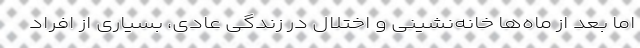
اما بعد از ماه‌ها خانه‌نشینی و اختلال در زندگی عادی، بسیاری از افراد